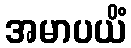
အမာပယိံ